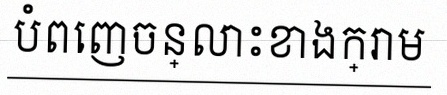
បំពេញចន្លោះខាងក្រោម